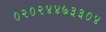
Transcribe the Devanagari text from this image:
०२०२४४७३३०४